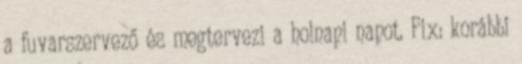
a fuvarszervező és megtervezi a holnapi napot. Fix: korábbi